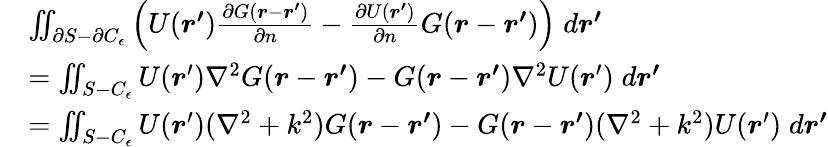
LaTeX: \begin{array}{rl}&{\iint_{\partial S-\partial C_{\epsilon}}\left(U(\boldsymbol{r^{\prime}})\frac{\partial G(\boldsymbol{r}-\boldsymbol{r^{\prime}})}{\partial n}-\frac{\partial U(\boldsymbol{r^{\prime}})}{\partial n}G(\boldsymbol{r}-\boldsymbol{r^{\prime}})\right)\; d\boldsymbol{r^{\prime}}}\\ &{=\iint_{S-C_{\epsilon}}U(\boldsymbol{r}^{\prime})\nabla^{2}G(\boldsymbol{r}-\boldsymbol{r^{\prime}})-G(\boldsymbol{r}-\boldsymbol{r^{\prime}})\nabla^{2}U(\boldsymbol{r}^{\prime})\; d\boldsymbol{r^{\prime}}}\\ &{=\iint_{S-C_{\epsilon}}U(\boldsymbol{r}^{\prime})(\nabla^{2}+k^{2})G(\boldsymbol{r}-\boldsymbol{r^{\prime}})-G(\boldsymbol{r}-\boldsymbol{r^{\prime}})(\nabla^{2}+k^{2})U(\boldsymbol{r}^{\prime})\; d\boldsymbol{r^{\prime}}}\end{array}